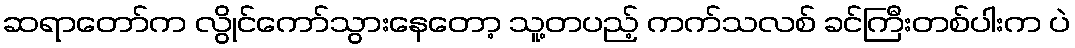
ဆရာတော်က လွိုင်ကော်သွားနေတော့ သူ့တပည့် ကက်သလစ် ခင်ကြီးတစ်ပါးက ပဲ